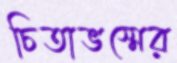
চিতাভস্মের